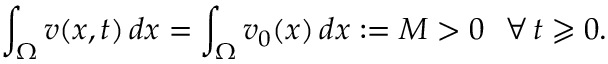
\int _ { \Omega } { v ( x , t ) \, d x } = \int _ { \Omega } { v _ { 0 } ( x ) \, d x } : = M > 0 \ \ \forall \, t \geqslant 0 .